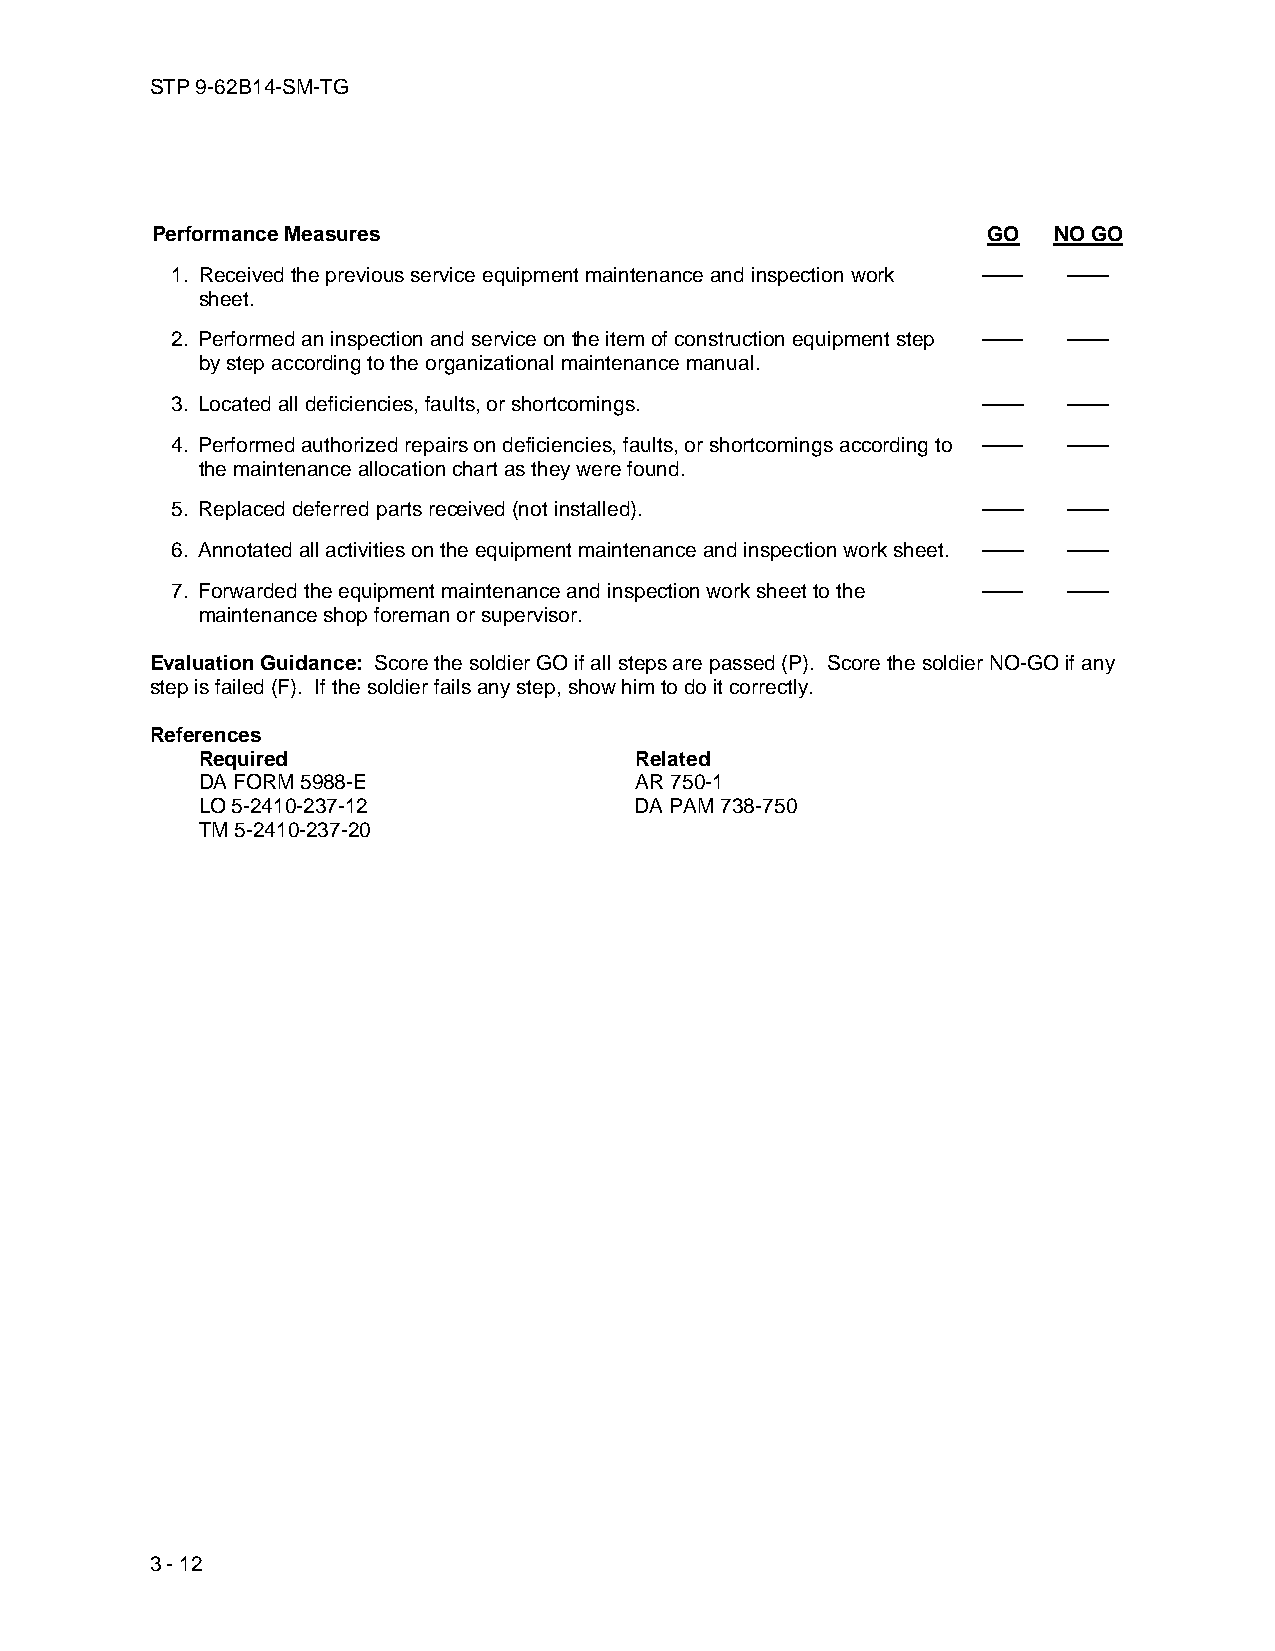
STP 9-62B14-SM-TG
 Performance Measures                                   GO   NO GO
 1. Received the previous service equipment maintenance and inspection work —— ——
 sheet.
 2. Performed an inspection and service on the item of construction equipment step —— ——
 by step according to the organizational maintenance manual.
 3. Located all deficiencies, faults, or shortcomings. ——    ——
 4. Performed authorized repairs on deficiencies, faults, or shortcomings according to —— ——
 the maintenance allocation chart as they were found.
 5. Replaced deferred parts received (not installed).  ——    ——
 6. Annotated all activities on the equipment maintenance and inspection work sheet. —— ——
 7. Forwarded the equipment maintenance and inspection work sheet to the —— ——
 maintenance shop foreman or supervisor.
 Evaluation Guidance: Score the soldier GO if all steps are passed (P). Score the soldier NO-GO if any
 step is failed (F). If the soldier fails any step, show him to do it correctly.
 References
 Required                     Related
 DA FORM 5988-E               AR 750-1
 LO 5-2410-237-12             DA PAM 738-750
 TM 5-2410-237-20
 3 - 12